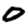
Digit: 0